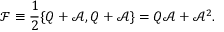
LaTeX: \mathcal { F } \equiv \frac { 1 } { 2 } \{ Q + \mathcal { A } , Q + \mathcal { A } \} = Q \mathcal { A } + \mathcal { A } ^ { 2 } .